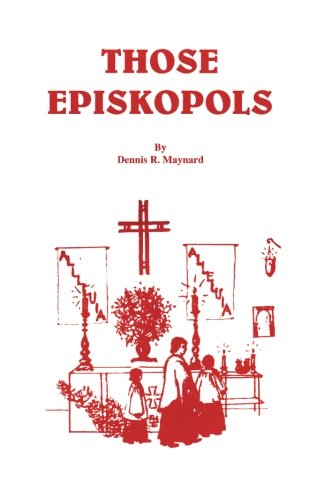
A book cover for Those Episkopols; Dennis Roy Maynard; Christian Books & Bibles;